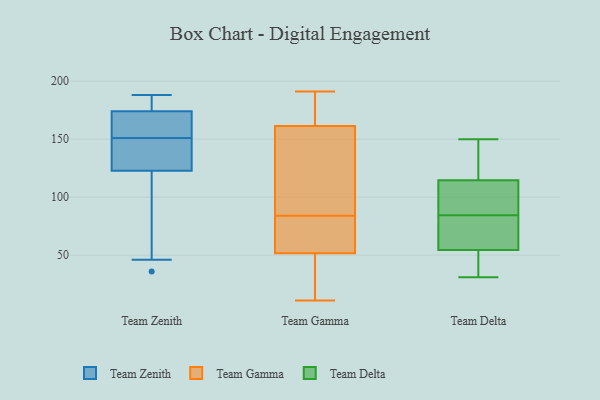
{"axis": {"x": "Revenue (USD Million)", "y": "Value"}, "legend": ["Team Delta", "Team Gamma", "Team Zenith"], "data": [{"x": "", "y": 186, "type": "Team Zenith"}, {"x": "", "y": 36, "type": "Team Zenith"}, {"x": "", "y": 177, "type": "Team Zenith"}, {"x": "", "y": 46, "type": "Team Zenith"}, {"x": "", "y": 150, "type": "Team Zenith"}, {"x": "", "y": 155, "type": "Team Zenith"}, {"x": "", "y": 139, "type": "Team Zenith"}, {"x": "", "y": 173, "type": "Team Zenith"}, {"x": "", "y": 172, "type": "Team Zenith"}, {"x": "", "y": 142, "type": "Team Zenith"}, {"x": "", "y": 123, "type": "Team Zenith"}, {"x": "", "y": 184, "type": "Team Zenith"}, {"x": "", "y": 151, "type": "Team Zenith"}, {"x": "", "y": 188, "type": "Team Zenith"}, {"x": "", "y": 122, "type": "Team Zenith"}, {"x": "", "y": 158, "type": "Team Zenith"}, {"x": "", "y": 54, "type": "Team Zenith"}, {"x": "", "y": 157, "type": "Team Gamma"}, {"x": "", "y": 69, "type": "Team Gamma"}, {"x": "", "y": 57, "type": "Team Gamma"}, {"x": "", "y": 144, "type": "Team Gamma"}, {"x": "", "y": 174, "type": "Team Gamma"}, {"x": "", "y": 11, "type": "Team Gamma"}, {"x": "", "y": 176, "type": "Team Gamma"}, {"x": "", "y": 35, "type": "Team Gamma"}, {"x": "", "y": 191, "type": "Team Gamma"}, {"x": "", "y": 84, "type": "Team Gamma"}, {"x": "", "y": 146, "type": "Team Gamma"}, {"x": "", "y": 36, "type": "Team Gamma"}, {"x": "", "y": 79, "type": "Team Gamma"}, {"x": "", "y": 150, "type": "Team Delta"}, {"x": "", "y": 121, "type": "Team Delta"}, {"x": "", "y": 85, "type": "Team Delta"}, {"x": "", "y": 36, "type": "Team Delta"}, {"x": "", "y": 31, "type": "Team Delta"}, {"x": "", "y": 57, "type": "Team Delta"}, {"x": "", "y": 84, "type": "Team Delta"}, {"x": "", "y": 52, "type": "Team Delta"}, {"x": "", "y": 107, "type": "Team Delta"}, {"x": "", "y": 108, "type": "Team Delta"}, {"x": "", "y": 146, "type": "Team Delta"}, {"x": "", "y": 75, "type": "Team Delta"}]}